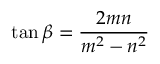
\tan { \beta } = { \frac { 2 m n } { m ^ { 2 } - n ^ { 2 } } }